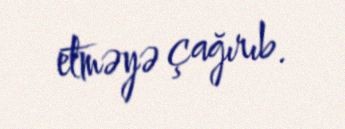
etməyə çağırıb.